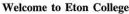
Welcome to Eton College